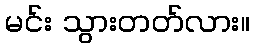
မင်း သွားတတ်လား။